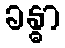
ခန္ဓာ